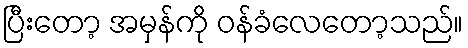
ပြီးတော့ အမှန်ကို ဝန်ခံလေတော့သည်။